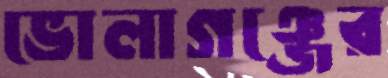
ভোলাগঞ্জের